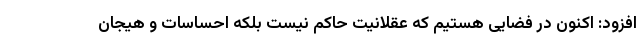
افزود: ‌اکنون در فضایی هستیم که عقلانیت حاکم نیست بلکه احساسات و هیجان